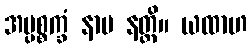
အပ္ပစ္စက္ခံ နာမ နတ္ထိ။ ယထာဟ